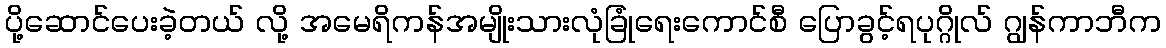
ပို့ဆောင်ပေးခဲ့တယ် လို့ အမေရိကန်အမျိုးသားလုံခြုံရေးကောင်စီ ပြောခွင့်ရပုဂ္ဂိုလ် ဂျွန်ကာဘီက